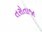
તરોતાજા